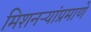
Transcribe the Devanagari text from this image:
मिशनऱ्यांप्रमाणे